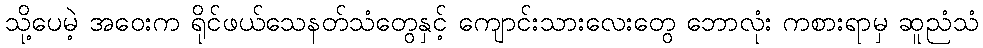
သို့ပေမဲ့ အဝေးက ရိုင်ဖယ်သေနတ်သံတွေနှင့် ကျောင်းသားလေးတွေ ဘောလုံး ကစားရာမှ ဆူညံသံ